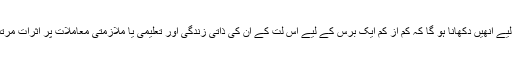
تاہم اس کے لیے انھیں دکھانا ہو گا کہ کم از کم ایک برس کے لیے اس لت کے ان کی ذاتی زندگی اور تعلیمی یا ملازمتی معاملات پر اثرات مرتب ہوئے ہیں۔